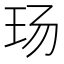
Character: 玚